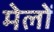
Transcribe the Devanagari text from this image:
मेलोें